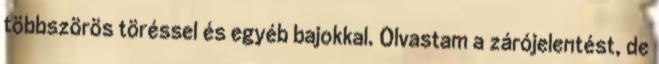
többszörös töréssel és egyéb bajokkal. Olvastam a zárójelentést, de